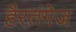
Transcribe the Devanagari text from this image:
हैरतंगेज